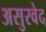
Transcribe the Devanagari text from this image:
असुरवेद